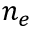
n _ { e }